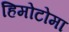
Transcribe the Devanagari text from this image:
हिमोटोमा